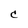
Character: C